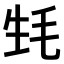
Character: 𣬺